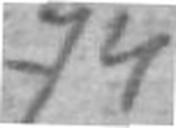
74